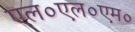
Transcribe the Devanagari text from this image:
एल०एल०एम०